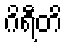
ဂိရီတိ